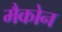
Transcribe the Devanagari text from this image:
मैकोन